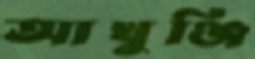
আখুঞ্জি